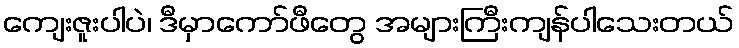
ကျေးဇူးပါပဲ၊ ဒီမှာကော်ဖီတွေ အများကြီးကျန်ပါသေးတယ်